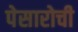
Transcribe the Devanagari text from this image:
पेसारोची